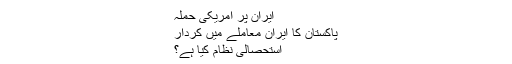
ایران پر امریکی حملہ
پاکستان کا ایران معاملے میں کردار
استحصالی نظام کیا ہے؟